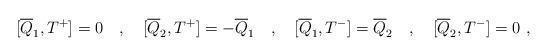
LaTeX: \begin{align*}[\overline{Q}_1 , T^+]=0 \quad , \quad [\overline{Q}_2 , T^+] = -\overline{Q}_1 \quad , \quad[\overline{Q}_1 ,T^-] = \overline{Q}_2 \quad , \quad [\overline{Q}_2 ,T^-]=0 \ ,\end{align*}